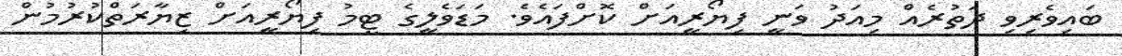
ބައިވެރިވި ދަތުރެއް މިއަދު ވަނީ ފިޔޯރީއަށް ކޮށްފައެވެ. މަޑަވެލީގެ ޓީމު ފިޔޯރީއަށް ޒިޔާރަތްކުރުމުން